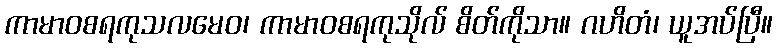
ကာမာဝစရကုသလမေဝ၊ ကာမာဝစရကုသိုလ် စိတ်ကိုသာ။ ဂဟိတံ၊ ယူအပ်ပြီ။